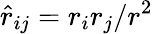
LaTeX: \hat{r}_{ij}=r_{i}r_{j}/r^{2}